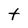
Character: t